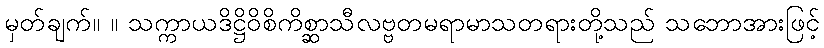
မှတ်ချက်။ ။ သက္ကာယဒိဋ္ဌိဝိစိကိစ္ဆာသီလဗ္ဗတမရာမာသတရားတို့သည် သဘောအားဖြင့်